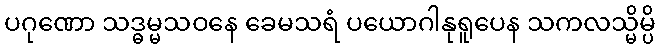
ပဂုဏော သဒ္ဓမ္မသဝနေ ခေမသရံ ပယောဂါနုရူပေန သကလသ္မိမ္ပိ